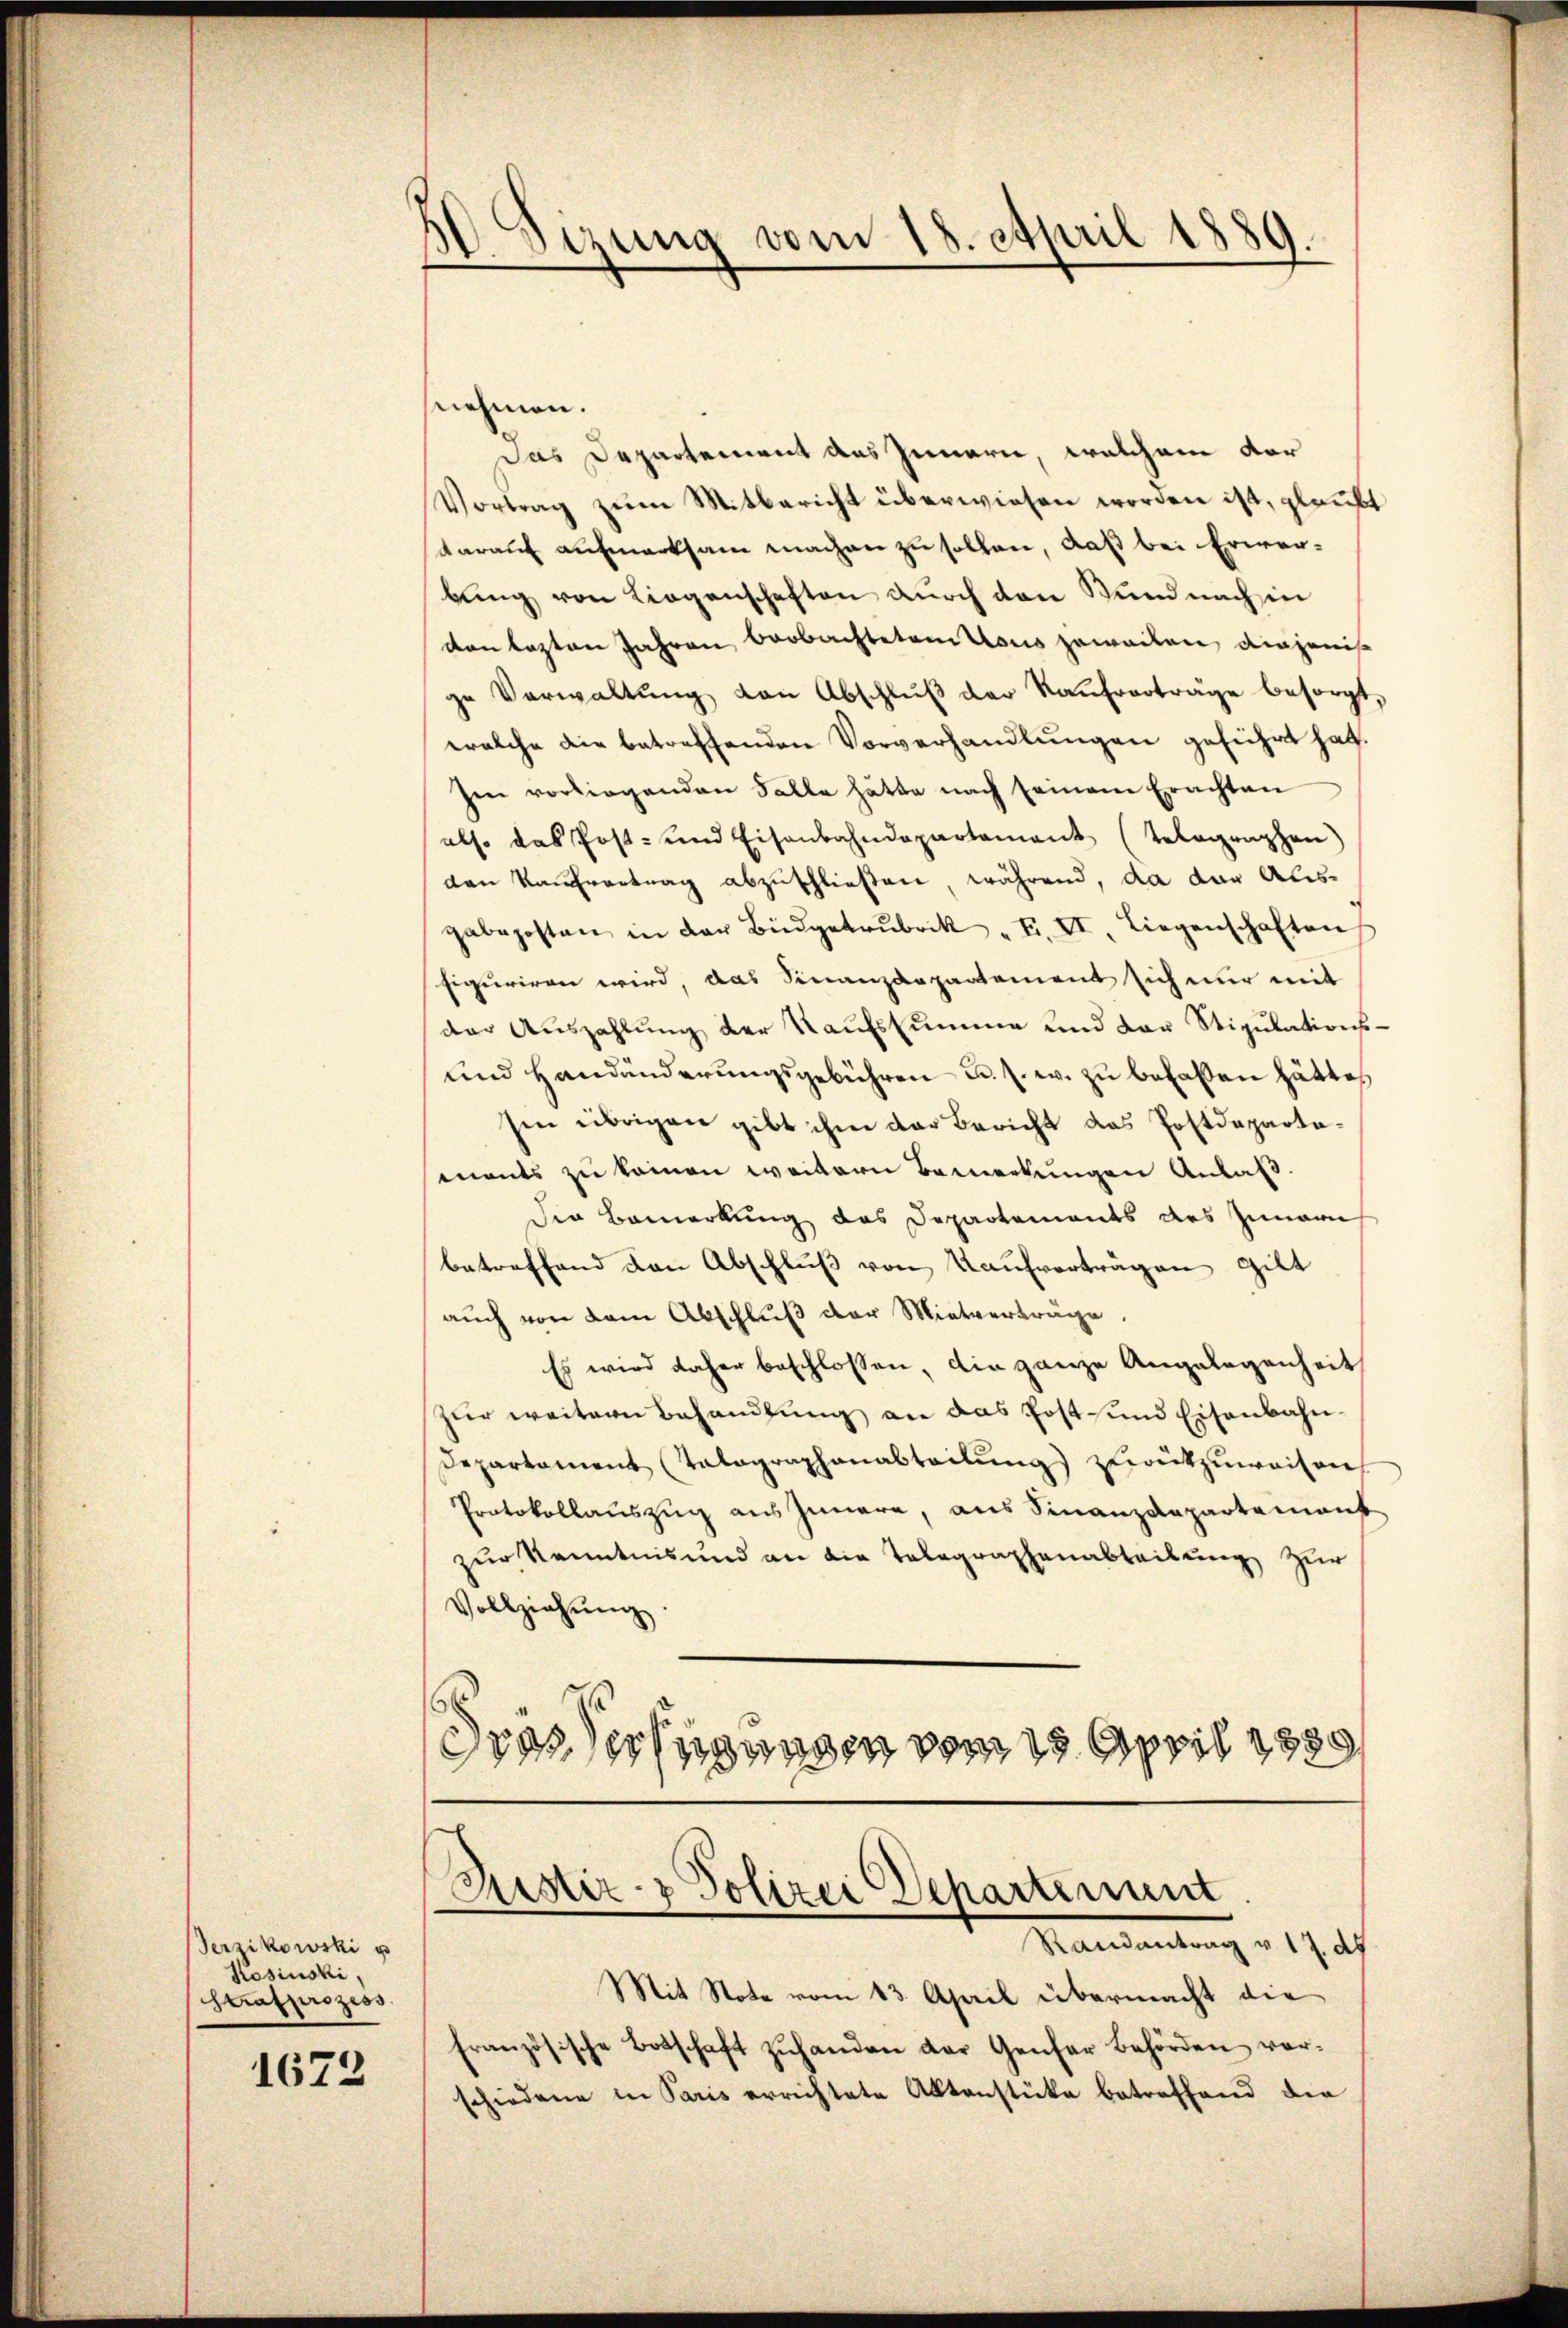
Verzikowski u
Kosinski,
strafprozess

1672

Sizung vom 18. April 1889.

nehmen.
Das Departement aus Innern, welchem dar
Vortrag zŭm Mitbericht überwiesen worden ist, glaubt
darauf aufmerksam machen zu sollen, daß bei Erwerbung von Liegenschaften durch den Bund nach in
von lezten Jahren beobachtetem Vous jeweilen, diejenis
ge Verwaltŭng von Abschlŭβ der Kaŭfverträge besorgt,
welche die betreffenden Vorverhandlŭngen geführt hat.
Im vorliegenden Falle hätte nach seinem Erachten
also das Post- und Eisenbahndepartement (Telegraphen)
den Kaufvertrag abzuschließen, während, da dar Alis-
gabeposten in der Büdgetrŭbock " F. II. Liegenschaften
figuriren wird, das Finanzdepartement sich nur mit
der Auszahlŭng der Kaufssumme und der Stipulations¬
und Handänderungsgebühren u. s. w. zu befaßten hätte,
sen übrigen gibt ihm der Bericht das Postdepartemants zu kommen weitern Bemerkungen Anlaß.
die Bemerkung des Departements des Zunarn
betreffend den Abschluß von Kaufverträgen Gilt
auch von dem Abschlŭβ der Mietverträge.
Es wird daher beschlossen, die ganze Angelegenheit
zur weitern Behandlung an das Post- und Eisenbahn¬
Departament (Talagraphenabteilŭng zurückzuweisen,
Protokollauszug aus Innere, aus Finanzdepartement
zur Kenntnis und an die Telegraphenabteilung zur
Vollziehŭng
6
drassersagungen vom 15. April 1889

Ristir- & Polizei Departement
Randantrag v. 17. ds

Mit Note vom 13. April übermacht die
französische Botschaft zŭhanden der Genfer Behörden ver-
schiedene in Paris errichtete Aktenstücke betreffend die